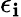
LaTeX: \epsilon_{\mathbf{i}}